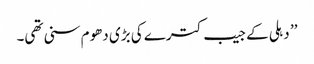
’’ دہلی کے جیب کترے کی بڑی دھوم سنی تھی۔